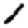
Digit: 1